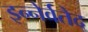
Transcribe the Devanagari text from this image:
इन्नेर्वतेद